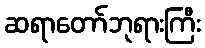
ဆရာတော်ဘုရားကြီး